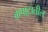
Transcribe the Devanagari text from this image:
कपाटातील